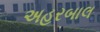
અહરબાલ